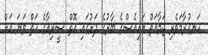
ހަނގުރާމަވެރި ޖަމާއަތް އައިއެސްގެ ބާރުގެ ދަށުގައި އޮތް ސީރިއާގެ ހަތް ވަނަ އަށް